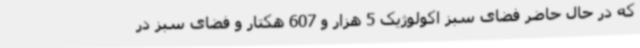
که در حال حاضر فضای سبز اکولوژیک 5 هزار و 607 هکتار و فضای سبز در